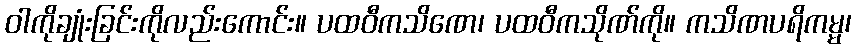
ဝါကိုချုံးခြင်းကိုလည်းကောင်း။ ပထဝီကသိဏေ၊ ပထဝီကသိုဏ်ကို။ ကသိဏပရိကမ္မ၊